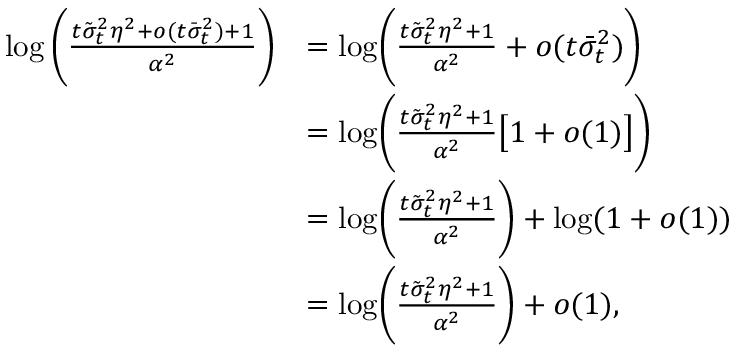
\begin{array} { r l } { \log \Bigg ( \frac { t \tilde { \sigma } _ { t } ^ { 2 } \eta ^ { 2 } + o ( t \bar { \sigma } _ { t } ^ { 2 } ) + 1 } { \alpha ^ { 2 } } \Bigg ) } & { = \mathrm { l o g } \Bigg ( \frac { t \tilde { \sigma } _ { t } ^ { 2 } \eta ^ { 2 } + 1 } { \alpha ^ { 2 } } + o ( t \bar { \sigma } _ { t } ^ { 2 } ) \Bigg ) } \\ & { = \mathrm { l o g } \Bigg ( \frac { t \tilde { \sigma } _ { t } ^ { 2 } \eta ^ { 2 } + 1 } { \alpha ^ { 2 } } \big [ 1 + o ( 1 ) \big ] \Bigg ) } \\ & { = \mathrm { l o g } \Bigg ( \frac { t \tilde { \sigma } _ { t } ^ { 2 } \eta ^ { 2 } + 1 } { \alpha ^ { 2 } } \Bigg ) + \log ( 1 + o ( 1 ) ) } \\ & { = \mathrm { l o g } \Bigg ( \frac { t \tilde { \sigma } _ { t } ^ { 2 } \eta ^ { 2 } + 1 } { \alpha ^ { 2 } } \Bigg ) + o ( 1 ) , } \end{array}